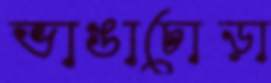
ভাঙাচোড়া